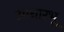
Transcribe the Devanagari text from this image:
आधारभू